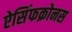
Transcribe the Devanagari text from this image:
ऐसिंफक्रोनस